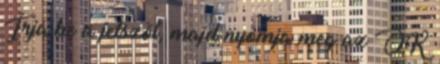
Írja be a jelszót, majd nyomja meg az OK